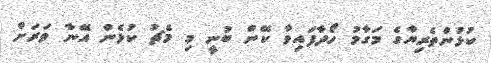
ކުޅުންތެރިޔާގެ މަގާމު ހޯދާފައިވާ ކޭން ބުނީ މި މެޗު ކުޅެން އޭނާ ވަރަށް